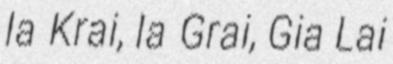
Ia Krai, Ia Grai, Gia Lai